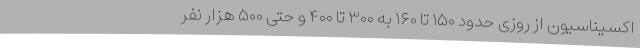
اکسیناسیون از روزی حدود ۱۵۰ تا ۱۶۰ به ۳۰۰ تا ۴۰۰ و حتی ۵۰۰ هزار نفر